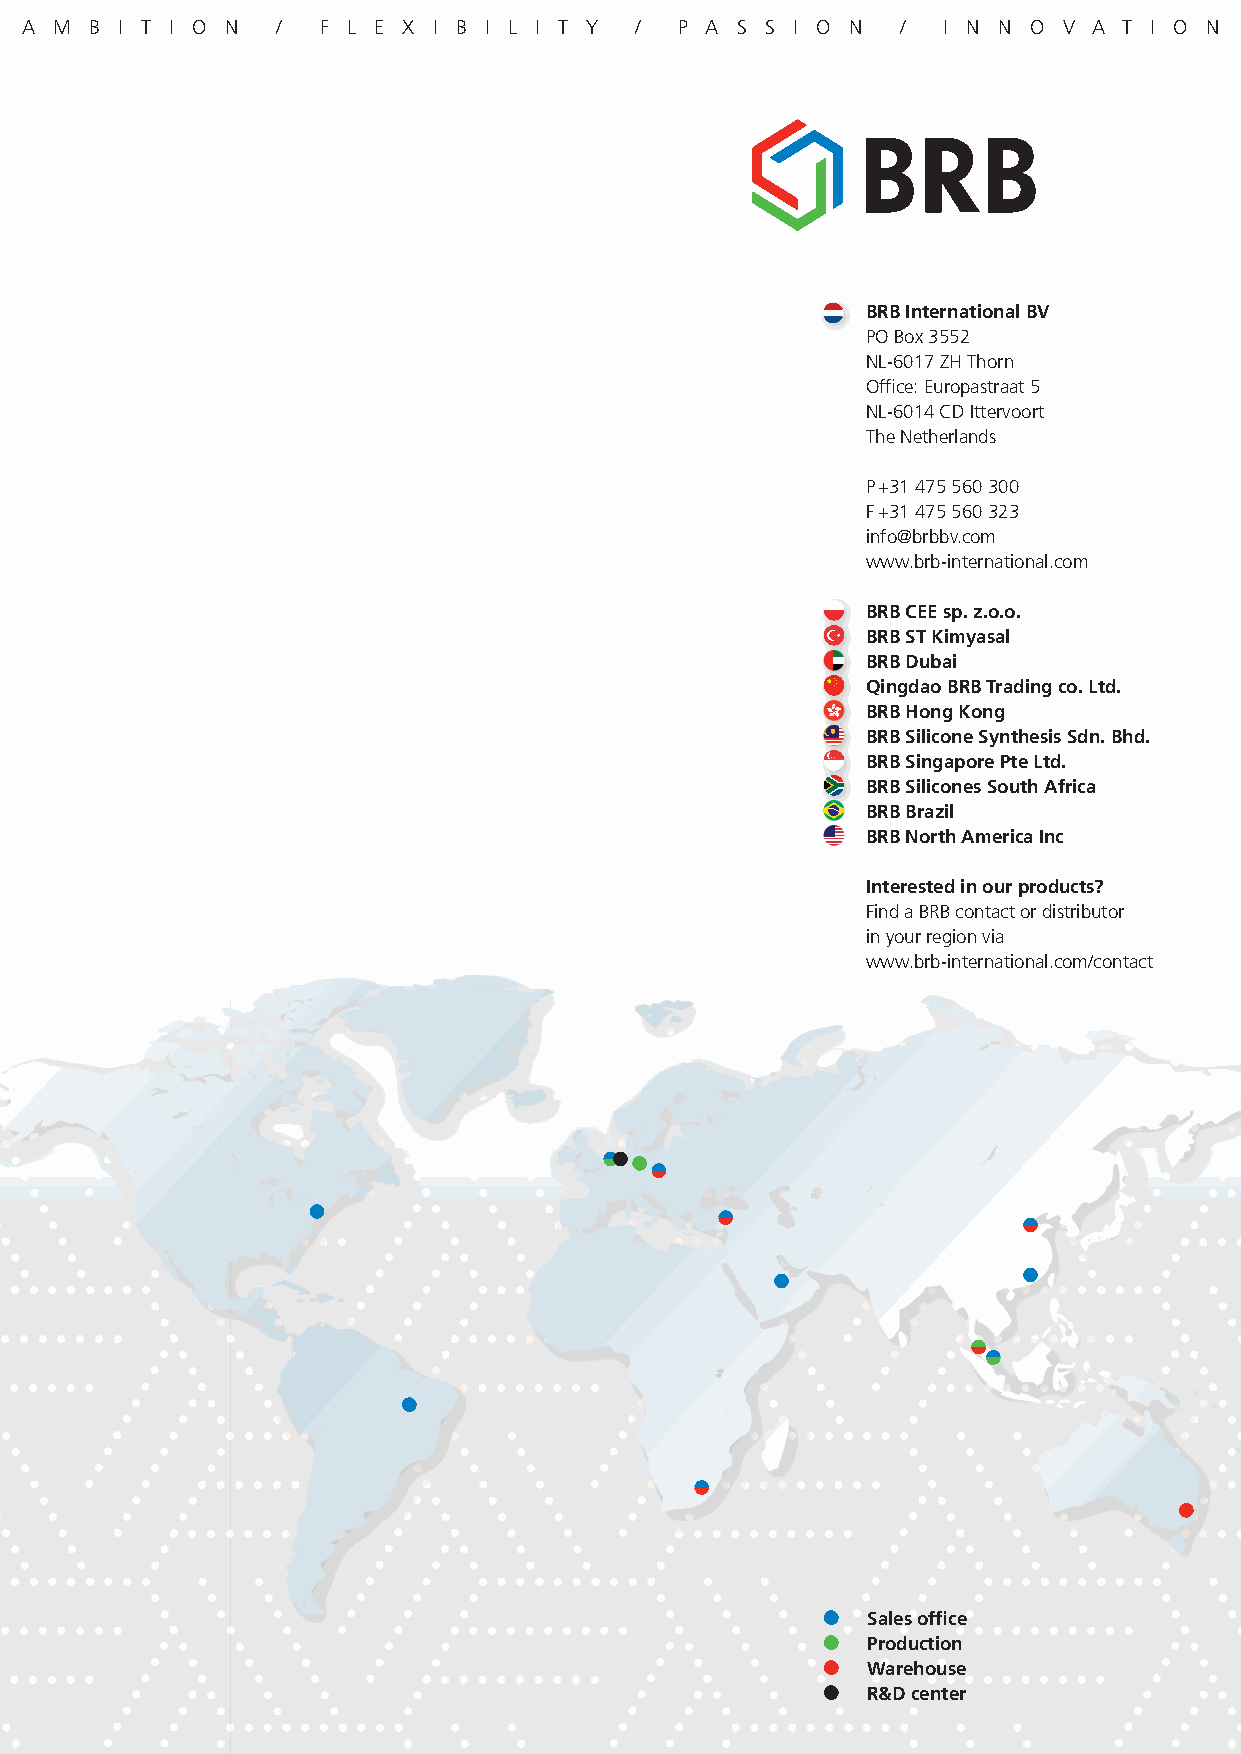
A  M B I T I O N /  F L E X I B I L I T Y / P A S S I O N  / I N N O V A T I O N
 BRB International BV
 PO Box 3552
 NL-6017 ZH Thorn
 Office: Europastraat 5
 NL-6014 CD Ittervoort
 The Netherlands
 P +31 475 560 300
 F +31 475 560 323
 info@brbbv.com
 www.brb-international.com
 BRB CEE sp. z.o.o.
 BRB ST Kimyasal
 BRB Dubai
 Qingdao BRB Trading co. Ltd.
 BRB Hong Kong
 BRB Silicone Synthesis Sdn. Bhd.
 BRB Singapore Pte Ltd.
 BRB Silicones South Africa
 BRB Brazil
 BRB North America Inc
 Interested in our products?
 Find a BRB contact or distributor
 in your region via
 www.brb-international.com/contact
 SSaalleess oofffificcee
 PPrroodduuccttiioonn
 WWaarreehhoouussee
 RR&&DD cceenntteerr